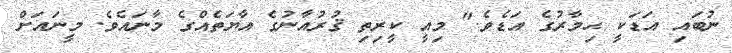
ނުބައި އަޑަކީ ޙިމާރުގެ އަޑެވެ." މިއީ ކީރިތި ޤުރުއާނުގެ އާޔަތެއްގެ މާނައެވެ. މީނައަށް